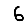
Digit: 6